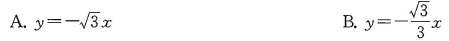
A. $$y = - \sqrt { 3 } x$$ B.$$y = - \frac { \sqrt { 3 } } { 3 } x$$